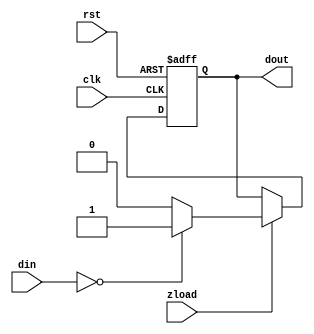
/**/
module z(din,clk,rst, zload,dout);
input clk, rst, zload;
input [7:0] din;
output [0:0] dout;
reg [0:0]dout;
always @(posedge clk or negedge rst)
	if(!rst)
		dout<=1;
	else if(zload)
		begin	
			if(din==8'b00000000)
				dout<=1;
			else
				dout<=0;
		end
endmodule